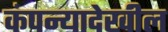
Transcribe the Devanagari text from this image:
कंपन्यादेखील